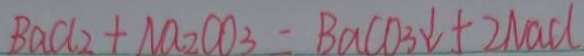
B a C l _ { 2 } + N a _ { 2 } C O _ { 3 } = B a C O _ { 3 } \downarrow + 2 N a C l